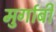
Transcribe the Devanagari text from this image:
मुर्गाबी